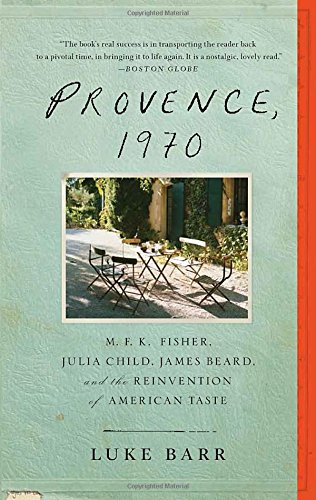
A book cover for Provence, 1970: M.F.K. Fisher, Julia Child, James Beard, and the Reinvention of American Taste; Luke Barr; Cookbooks, Food & Wine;